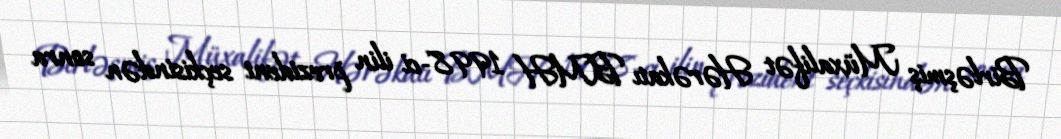
Birləşmiş Müxalifət Hərəkatı BMH 1998-ci ilin prezident seçkisindən sonra